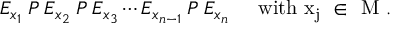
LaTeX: E _ { x _ { 1 } } \: P \: E _ { x _ { 2 } } \: P \: E _ { x _ { 3 } } \cdots E _ { x _ { n - 1 } } \: P \: E _ { x _ { n } } \; \; \; \; \; { \mathrm { w i t h ~ x _ { j } ~ \in ~ M ~ . } }